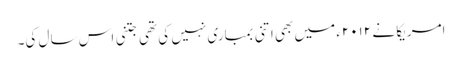
امریکا نے ۲۰۱۲ء میں بھی اتنی بمباری نہیں کی تھی جتنی اس سال کی۔